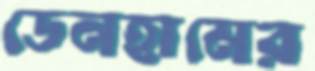
ডেনহামের